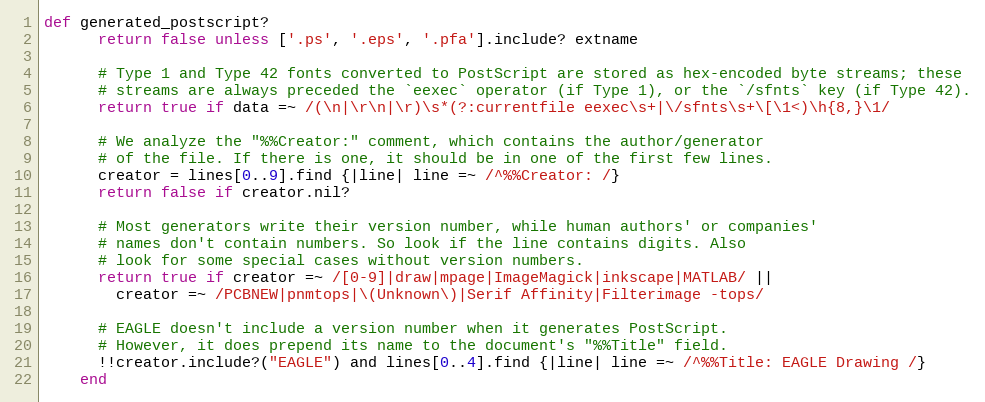
Language: Ruby
def generated_postscript?
      return false unless ['.ps', '.eps', '.pfa'].include? extname

      # Type 1 and Type 42 fonts converted to PostScript are stored as hex-encoded byte streams; these
      # streams are always preceded the `eexec` operator (if Type 1), or the `/sfnts` key (if Type 42).
      return true if data =~ /(\n|\r\n|\r)\s*(?:currentfile eexec\s+|\/sfnts\s+\[\1<)\h{8,}\1/

      # We analyze the "%%Creator:" comment, which contains the author/generator
      # of the file. If there is one, it should be in one of the first few lines.
      creator = lines[0..9].find {|line| line =~ /^%%Creator: /}
      return false if creator.nil?

      # Most generators write their version number, while human authors' or companies'
      # names don't contain numbers. So look if the line contains digits. Also
      # look for some special cases without version numbers.
      return true if creator =~ /[0-9]|draw|mpage|ImageMagick|inkscape|MATLAB/ ||
        creator =~ /PCBNEW|pnmtops|\(Unknown\)|Serif Affinity|Filterimage -tops/

      # EAGLE doesn't include a version number when it generates PostScript.
      # However, it does prepend its name to the document's "%%Title" field.
      !!creator.include?("EAGLE") and lines[0..4].find {|line| line =~ /^%%Title: EAGLE Drawing /}
    end